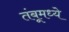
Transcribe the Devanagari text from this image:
तंबूमध्ये